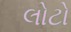
લોટો